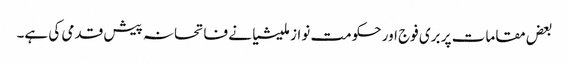
بعض مقامات پر بری فوج اور حکومت نواز ملیشیا نے فاتحانہ پیش قدمی کی ہے۔